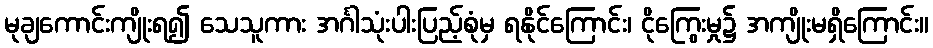
မုချကောင်းကျိုးရ၍ သေသူကား အင်္ဂါသုံးပါးပြည့်စုံမှ ရနိုင်ကြောင်း၊ ငိုကြွေးမှု၌ အကျိုးမရှိကြောင်း။